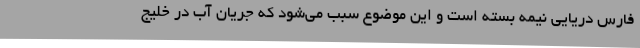
فارس دریایی نیمه بسته‌ است و این موضوع سبب می‌شود که جریان آب در خلیج